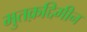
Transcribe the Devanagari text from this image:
मुतक़द्दिमीन